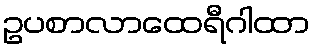
ဥပစာလာထေရီဂါထာ